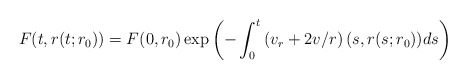
\begin{align*}F(t,r(t;r_{0}))=F(0,r_{0})\exp\left( -\int_{0}^{t}\left( v_{r}+2v/r\right)(s,r(s;r_{0}))ds\right) \end{align*}